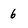
Character: 6